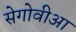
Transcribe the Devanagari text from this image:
सेगोवीआ